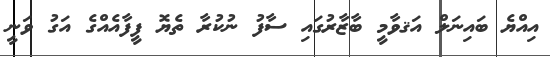
އިއްޔެ ބައިނަލް އަޤވާމީ ބާޒާރުގައި ސާފު ނުކުރާ ތެޔޮ ފީފާއެއްގެ އަގު ވަނީ